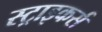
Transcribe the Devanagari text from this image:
स्‍ट्राइकर्स